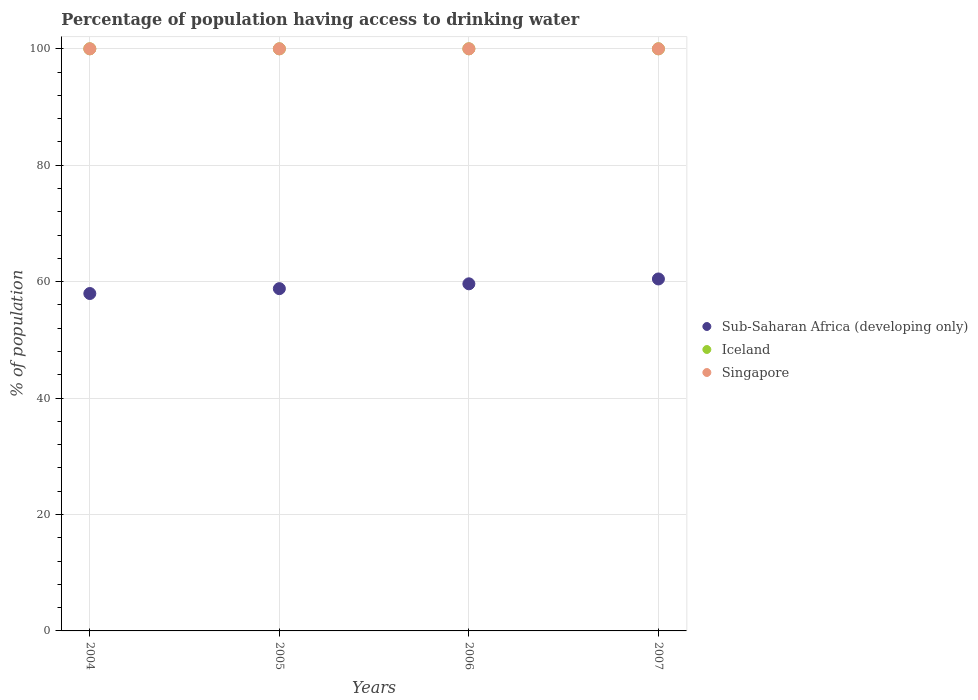
| Years | Sub-Saharan Africa (developing only) | Iceland | Singapore |
 | --- | --- | --- | --- |
 | 2004 | 58 | 100 | 100 |
 | 2005 | 58.8 | 100 | 100 |
 | 2006 | 59.6 | 100 | 100 |
 | 2007 | 60.5 | 100 | 100 |